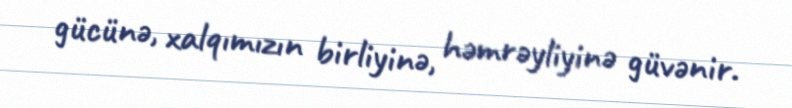
gücünə, xalqımızın birliyinə, həmrəyliyinə güvənir.